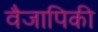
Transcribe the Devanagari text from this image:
वैजापिकी